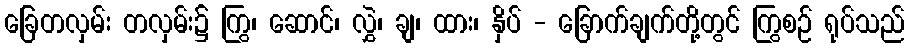
ခြေတလှမ်း တလှမ်း၌ ကြွ၊ ဆောင်၊ လွှဲ၊ ချ၊ ထား၊ နှိပ် - ခြောက်ချက်တို့တွင် ကြွစဉ် ရုပ်သည်